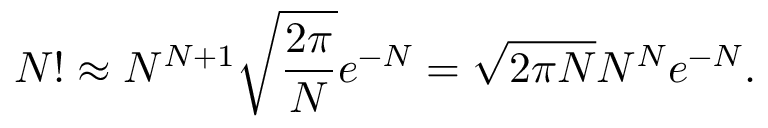
N ! \approx N ^ { N + 1 } { \sqrt { \frac { 2 \pi } { N } } } e ^ { - N } = { \sqrt { 2 \pi N } } N ^ { N } e ^ { - N } .